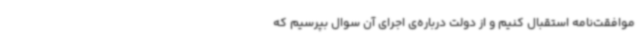
موافقت‌نامه استقبال کنیم و از دولت درباره‌ی اجرای آن سوال بپرسیم که